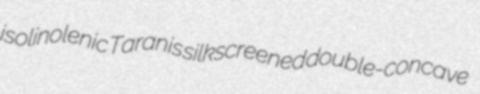
isolinolenic Taranis silkscreened double-concave